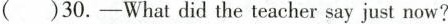
( )30.—What did the teacher say just now?